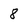
Character: 8